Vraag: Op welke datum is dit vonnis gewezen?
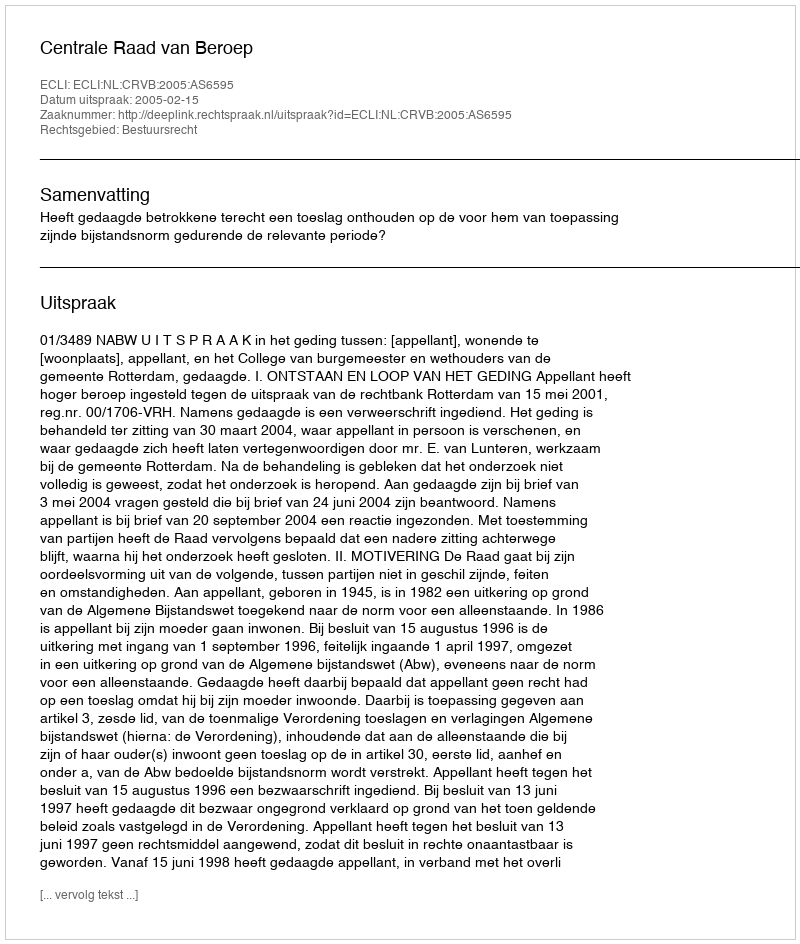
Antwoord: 2005-02-15